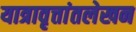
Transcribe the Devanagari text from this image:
यात्रावृत्तांतलेखन